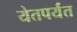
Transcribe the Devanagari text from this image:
येतपर्यंत